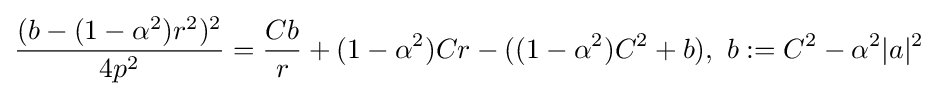
{\frac {(b-(1-\alpha ^{2})r^{2})^{2}}{4p^{2}}}={\frac {Cb}{r}}+(1-\alpha ^{2})Cr-((1-\alpha ^{2})C^{2}+b),\ b:=C^{2}-\alpha ^{2}|a|^{2}